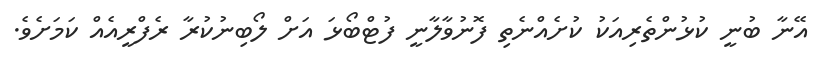
އޭނާ ބުނީ ކުޅުންތެރިއަކު ކުށެއްނެތި ފޮނުވާލާނީ ފުޓްބޯޅަ އަށް ލޯބިނުކުރާ ރެފްރީއެއް ކަމަށެވެ.